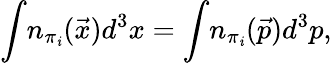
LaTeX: \int\! n_{\pi_{\mathit{i}}}(\vec{{x}})d^{3}x=\int\! n_{\pi_{\mathit{i}}}(\vec{{p}})d^{3}p,